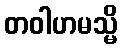
တဝါဟမသ္မိ